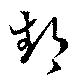
鄱